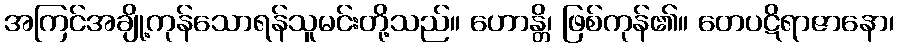
အကြင်အချို့ကုန်သောရန်သူမင်းတို့သည်။ ဟောန္တိ၊ ဖြစ်ကုန်၏။ တေပဋိရာဇာနော၊